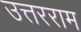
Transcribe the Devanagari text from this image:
उत्तरराम